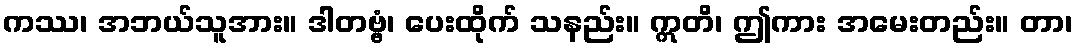
ကဿ၊ အဘယ်သူအား။ ဒါတဗ္ဗံ၊ ပေးထိုက် သနည်း။ ဣတိ၊ ဤကား အမေးတည်း။ တာ၊